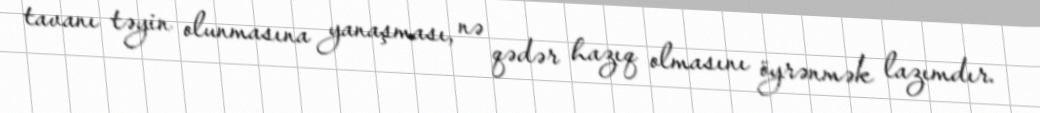
tavanı təyin olunmasına yanaşması, nə qədər hazıq olmasını öyrənmək lazımdır.